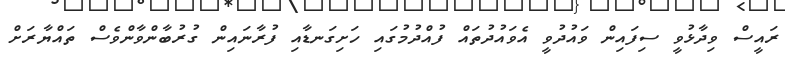
ރައީސް ވިދާޅުވީ ސިފައިން ވައުދުވީ އެވައުދުތައް ފުއްދުމުގައި ހަށިގަނޑާއި ފުރާނައިން ގުރުބާންވާންވެސް ތައްޔާރަށް